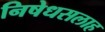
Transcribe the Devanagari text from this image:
निषेधसलाह